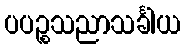
ပပဉ္စသညာသင်္ခါယ